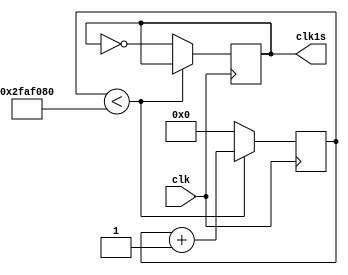
`timescale 1ns / 1ps
//////////////////////////////////////////////////////////////////////////////////
// Company: 
// Engineer: 
// 
// Design Name: 
// Module Name:    clk3 
// Project Name: 
// Target Devices: 
// Tool versions: 
// Description: 
//
// Dependencies: 
//
// Revision: 
// Revision 0.01 - File Created
// Additional Comments: 
//
//////////////////////////////////////////////////////////////////////////////////
module clk3(
	 input  clk,
	 output reg clk1s
    );
	 
	 reg [49:0] cont;
	 
	 initial
	 begin
	 
		cont = 0;
		clk1s = 0;
		
	end
		
	 
	always @(posedge clk)
		if(cont < 50'd50000000)
		
			cont <= cont + 1;
			
		else
		begin
		
			cont <= 0;
			clk1s <= ~clk1s;
			
		end

endmodule